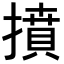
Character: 𢴢